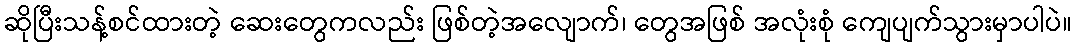
ဆိုပြီးသန့်စင်ထားတဲ့ ဆေးတွေကလည်း ဖြစ်တဲ့အလျောက်၊ တွေအဖြစ် အလုံးစုံ ကျေပျက်သွားမှာပါပဲ။